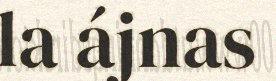
la ájnas